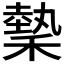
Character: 𬓺